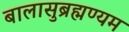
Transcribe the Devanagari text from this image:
बालासुब्रह्मण्यम